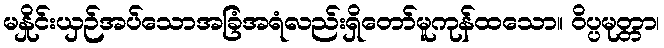
မနှိုင်းယှဉ်အပ်သောအခြံအရံလည်းရှိတော်မူကုန်ထသော။ ဝိပ္ပမုတ္တာ၊